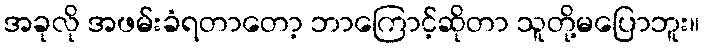
အခုလို အဖမ်းခံရတာတော့ ဘာကြောင့်ဆိုတာ သူတို့မပြောဘူး။